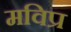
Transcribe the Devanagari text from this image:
मविप्र